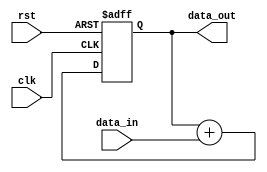
module ArithmeticBlock (
    input wire clk,
    input wire rst,
    input wire [31:0] data_in,
    output wire [31:0] data_out
);

reg [31:0] result;

always @ (posedge clk or posedge rst) begin
    if (rst) begin
        result <= 0;
    end else begin
        result <= result + data_in;
    end
end

assign data_out = result;

endmodule